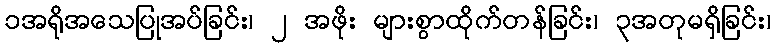
၁အရိုအသေပြုအပ်ခြင်း၊ ၂ အဖိုး များစွာထိုက်တန်ခြင်း၊ ၃အတုမရှိခြင်း၊